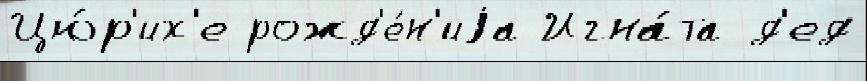
Цю́р'их'е рожд'е́н'иjа Игна́та д'ед